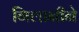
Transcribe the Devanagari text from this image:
गिलानीने